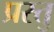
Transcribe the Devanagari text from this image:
प्रस्तु